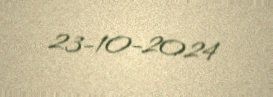
23-10-2024